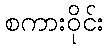
စကားဝိုင်း